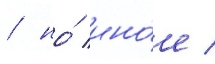
/ но́ ино́е /